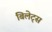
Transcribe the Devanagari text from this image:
बिलेट्स